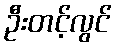
ဦးတင့်လွင်